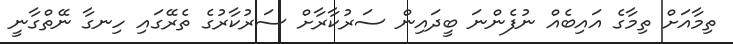
ތިމާއަށް ތިމާގެ އައިބެއް ނުފެންނަ ބީދައިން ސަރުކާރާށް ސަރުކާރުގެ ތެރޭގައި ހިނގާ ނޭތްގާނީ